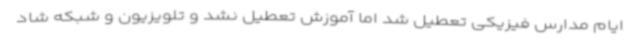
ایام مدارس فیزیکی تعطیل شد اما آموزش تعطیل نشد و تلویزیون و شبکه شاد